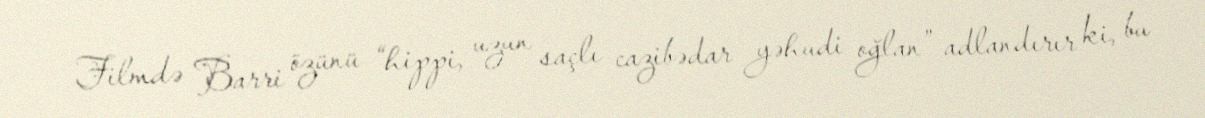
Filmdə Barri özünü “hippi, uzun saçlı cazibədar yəhudi oğlan” adlandırır ki, bu